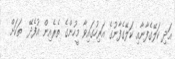
އަދި ކަލޭގެފާނާއި ކަލޭގެފާނުގެ އަރިހުގައިވާ މީހުންގެ ތެރެއިން އުފެދޭ  ތަކަށް